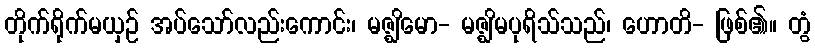
တိုက်ရိုက်မယှဉ် အပ်သော်လည်းကောင်း၊ မဇ္ဈိမော- မဇ္ဈိမပုရိသ်သည်၊ ဟောတိ- ဖြစ်၏။ တွံ